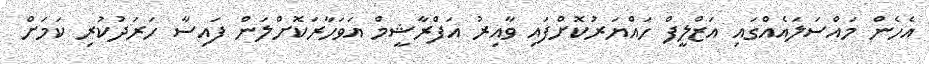
އެހެން މައްސަލައެއްގައި އަޒްލީފް ހައްޔަރުކޮށްފައި ވާއިރު އަފްރާޝީމް އަވަހާރަކޮށްލަން ފައިސާ ހަރަދުކުރި ކަމަށް